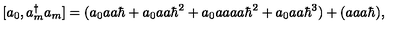
[ a _ { 0 } , a _ { m } ^ { \dagger } a _ { m } ] = ( a _ { 0 } a a \hbar + a _ { 0 } a a \hbar ^ { 2 } + a _ { 0 } a a a a \hbar ^ { 2 } + a _ { 0 } a a \hbar ^ { 3 } ) + ( a a a \hbar ) ,